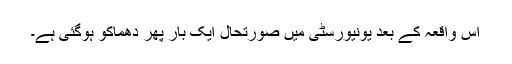
اس واقعہ کے بعد یونیورسٹی میں صورتحال ایک بار پھر دھماکو ہوگئی ہے۔